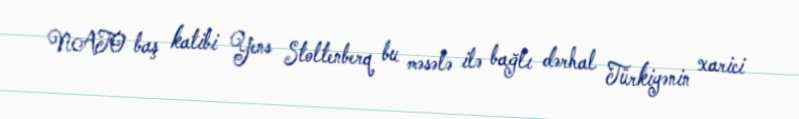
NATO baş katibi Yens Stoltenberq bu məsələ ilə bağlı dərhal Türkiyənin xarici